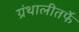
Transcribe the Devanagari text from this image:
ग्रंथालीतर्फे